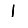
Digit: 1